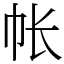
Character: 帐